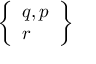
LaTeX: \left\{ { \begin{array} { l } { q , p } \\ { r } \end{array} } \right\}